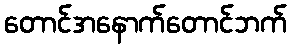
တောင်အနောက်တောင်ဘက်